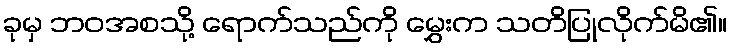
ခုမှ ဘဝအစသို့ ရောက်သည်ကို မွှေးက သတိပြုလိုက်မိ၏။